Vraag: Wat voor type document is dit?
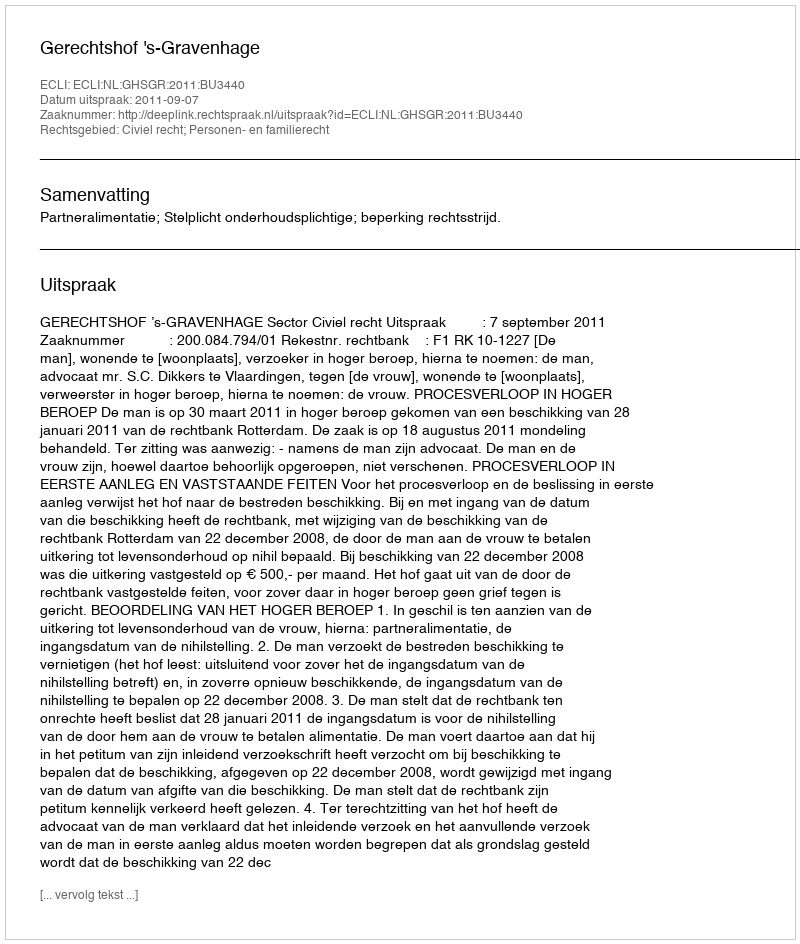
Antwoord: Uitspraak